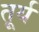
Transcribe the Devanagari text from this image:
तूर्य